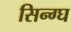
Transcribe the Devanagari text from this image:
सिन्ग्घ